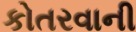
કોતરવાની